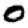
Digit: 0